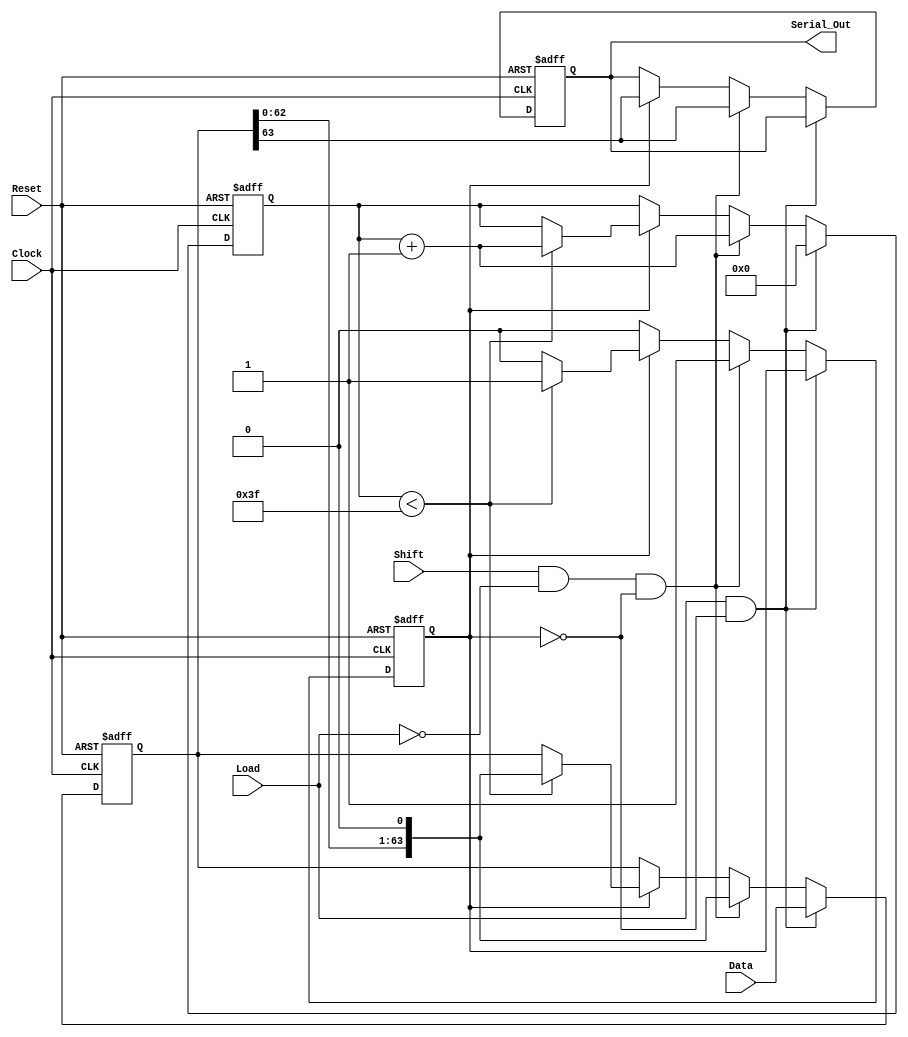
module PISO_64bit (
    input wire [63:0] Data,      // Parallel input
    input wire Load,             // Load control signal
    input wire Shift,            // Shift control signal
    input wire Clock,            // Clock signal
    input wire Reset,            // Asynchronous reset
    output reg Serial_Out        // Serial output
);

    reg [63:0] shift_reg;        // 64-bit shift register
    reg [5:0] shift_counter;     // 6-bit shift counter (0 to 63)
    reg shifting;                // Flag for shifting operation

    always @(posedge Clock or posedge Reset) begin
        if (Reset) begin
            shift_reg <= 64'b0;  // Clear the register on reset
            shift_counter <= 6'b0; // Reset shift counter
            Serial_Out <= 1'b0;    // Clear serial output
            shifting <= 1'b0;       // Clear shifting flag
        end else begin
            if (Load && !shifting) begin
                shift_reg <= Data;  // Load data into the register
                shift_counter <= 6'b0; // Reset shift counter
            end else if (Shift && !Load && !shifting) begin
                shifting <= 1'b1;   // Start shifting operation
                Serial_Out <= shift_reg[63]; // Output the MSB
                shift_reg <= {shift_reg[62:0], 1'b0}; // Shift right
                shift_counter <= shift_counter + 1; // Increment shift counter
            end else if (shifting) begin
                if (shift_counter < 6'd63) begin
                    Serial_Out <= shift_reg[63]; // Output the next MSB
                    shift_reg <= {shift_reg[62:0], 1'b0}; // Shift right
                    shift_counter <= shift_counter + 1; // Increment shift counter
                end else begin
                    shifting <= 1'b0; // Stop shifting after 64 bits
                    Serial_Out <= shift_reg[63]; // Output last bit
                end
            end
        end
    end

endmodule